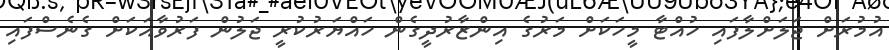
އުމުރަށް ޖަލަށްލާފައި ހުއްޓާ މީހަކަށް މަރުގެ އިންޒާރުދީގެން ހައްޔަރުކުރީ ޖަލުން ފަރުވާއަކަށް ގެނެސްފައި